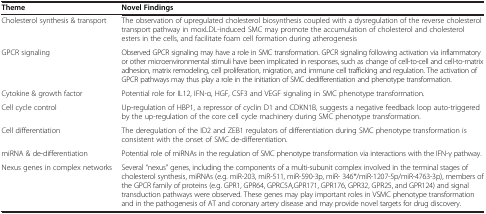
<table><thead><tr><td><b>Theme</b></td><td><b>Novel Findings</b></td></tr></thead><tbody><tr><td>Cholesterol synthesis &amp; transport</td><td>The observation of upregulated cholesterol biosynthesis coupled with a dysregulation of the reverse cholesterol transport pathway in moxLDL-induced SMC may promote the accumulation of cholesterol and cholesterol esters in the cells, and facilitate foam cell formation during atherogenesis</td></tr><tr><td>GPCR signaling</td><td>Observed GPCR signaling may have a role in SMC transformation. GPCR signaling following activation via inflammatory or other microenvironmental stimuli have been implicated in responses, such as change of cell-to-cell and cell-to-matrix adhesion, matrix remodeling, cell proliferation, migration, and immune cell trafficking and regulation. The activation of GPCR pathways may thus play a role in the initiation of SMC dedifferentiation and phenotype transformation.</td></tr><tr><td>Cytokine &amp; growth factor </td><td>Potential role for IL12, IFN-α, HGF, CSF3 and VEGF signaling in SMC phenotype transformation.</td></tr><tr><td>Cell cycle control</td><td>Up-regulation of HBP1, a repressor of cyclin D1 and CDKN1B, suggests a negative feedback loop auto-triggered by the up-regulation of the core cell cycle machinery during SMC phenotype transformation.</td></tr><tr><td>Cell differentiation</td><td>The deregulation of the ID2 and ZEB1 regulators of differentiation during SMC phenotype transformation is consistent with the onset of SMC de-differentiation.</td></tr><tr><td>miRNA &amp; de-differentiation</td><td>Potential role of miRNAs in the regulation of SMC phenotype transformation via interactions with the IFN-γ pathway.</td></tr><tr><td>Nexus genes in complex networks </td><td>Several “nexus” genes, including the components of a multi-subunit complex involved in the terminal stages of cholesterol synthesis, miRNAs (e.g. miR-203, miR-511, miR-590-3p, miR- 346*/miR-1207-5p/miR-4763-3p), members of the GPCR family of proteins (e.g. GPR1, GPR64, GPRC5A,GPR171, GPR176, GPR32, GPR25, and GPR124) and signal transduction pathways were observed. These genes may play important roles in VSMC phenotype transformation and in the pathogenesis of AT and coronary artery disease and may provide novel targets for drug discovery.</td></tr></tbody></table>